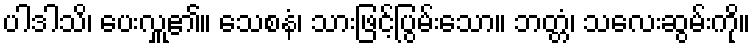
ပါဒါသိ၊ ပေးလှူ၏။ သေစနံ၊ သားဖြင့်ပြွမ်းသော။ ဘတ္တံ၊ သလေးဆွမ်းကို။